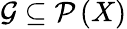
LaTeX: {\mathcal{G}}\subseteq{\mathcal{P}}\left(X\right)